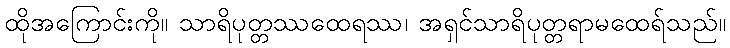
ထိုအကြောင်းကို။ သာရိပုတ္တဿထေရဿ၊ အရှင်သာရိပုတ္တရာမထေရ်သည်။